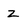
Character: z